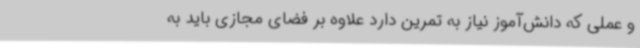
و عملی که دانش‌آموز نیاز به تمرین دارد علاوه بر فضای مجازی باید به